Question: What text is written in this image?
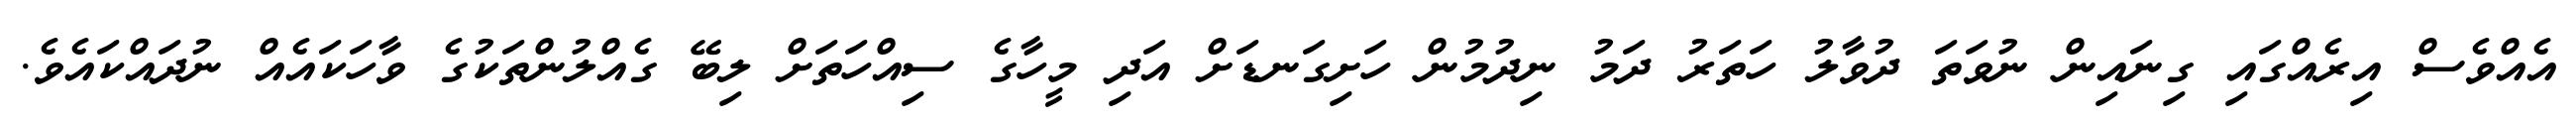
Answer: އެއްވެސް އިރެއްގައި ގިނައިން ނުވަތަ ދުވާލު ހަތަރު ދަމު ނިދުމުން ހަށިގަނޑަށް އަދި މީހާގެ ސިއްހަތަށް ލިބޭ ގެއްލުންތަކުގެ ވާހަކައެއް ނުދައްކައެވެ.